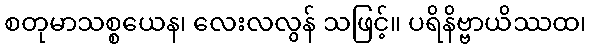
စတုမာသစ္စယေန၊ လေးလလွန် သဖြင့်။ ပရိနိဗ္ဗာယိဿထ၊